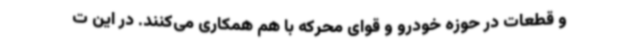
و قطعات در حوزه خودرو و قوای محرکه با هم همکاری می‌کنند. در این ت